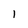
Character: 1